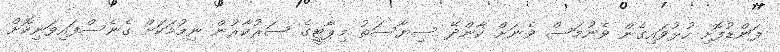
ފަންޑުފޮށި ހުޅުވައިގެން ވެނުމަސް ވެނަށް ކާންދޭ ސިޔާސަތު މިޕާޓީގެ ސަރުކާރުން ނިމުމަކަށް ގެނެސްފައިވަނިކޮށް